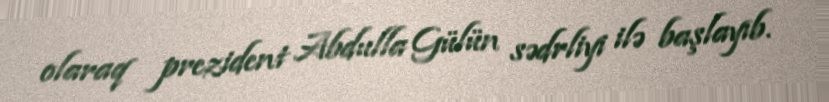
olaraq prezident Abdulla Gülün sədrliyi ilə başlayıb.